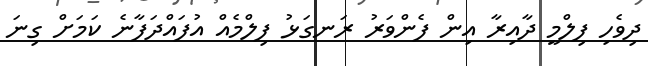
ދިވެހި ފިލްމީ ދާއިރާ އިން ފެންވަރު ރަނގަޅު ފިލްމެއް އުފައްދަފާނެ ކަމަށް ގިނަ